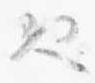
也